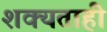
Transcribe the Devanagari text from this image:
शक्‍यताही